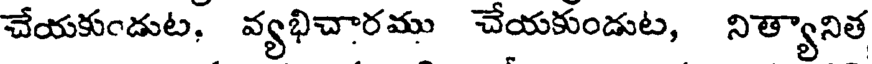
చేయకుండుట, వ్యభిచారము చేయకుండుట, నిత్యానిత